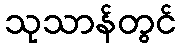
သုသာန်တွင်